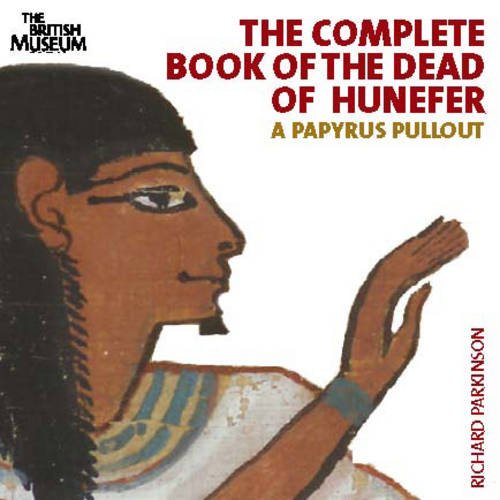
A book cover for The Complete Book of the Dead of Hunefer: A Papyrus Pullout; Richard Parkinson; Religion & Spirituality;